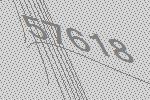
57618